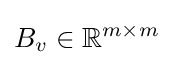
B_{v}\in \mathbb {R} ^{m\times m}